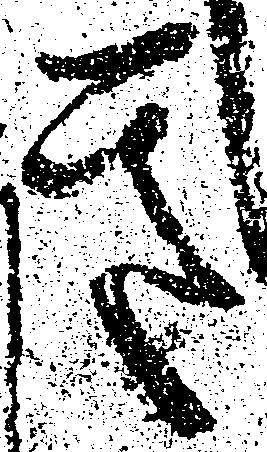
き